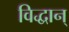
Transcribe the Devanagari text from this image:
विद्धान्‌